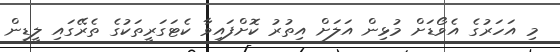
މި އަހަރުގެ އެވޯޑަށް މުޅިން އަލަށް އިތުރު ކޮށްފައިވާ ކެޓަގަރީތަކުގެ ތެރޭގައި ލީޑިން